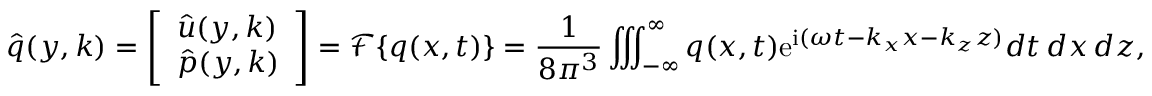
\boldsymbol { \hat { q } } ( y , \boldsymbol { k } ) = \left[ \begin{array} { l } { \boldsymbol { \hat { u } } ( y , \boldsymbol { k } ) } \\ { \hat { p } ( y , \boldsymbol { k } ) } \end{array} \right] = \mathscr { F } \{ \boldsymbol { q } ( \boldsymbol { x } , t ) \} = \frac { 1 } { 8 \pi ^ { 3 } } \iiint _ { - \infty } ^ { \infty } \boldsymbol { q } ( \boldsymbol { x } , t ) \mathrm { e } ^ { \mathrm { i } ( \omega t - k _ { x } x - k _ { z } z ) } d t \, d x \, d z ,